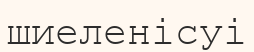
шиеленісуі